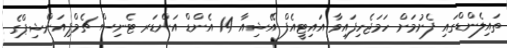
ތައިލެންޑްގައި ފެށުމަށް ހަމަޖެހިފައިވާ އައިޓީއެފް އޭޝިއާ 14 އެންޑް އަންޑަރ ޓެނިސް ޗެމްޕިއަންޝިޕްގެ